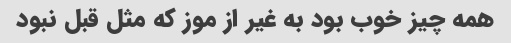
همه چیز خوب بود به غیر از موز که مثل قبل نبود